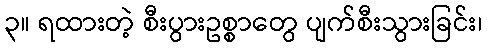
၃။ ရထားတဲ့ စီးပွားဥစ္စာတွေ ပျက်စီးသွားခြင်း၊